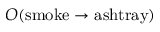
O ( \mathrm { s m o k e } \rightarrow \mathrm { a s h t r a y } )